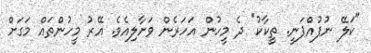
"ކަލޭ ނުފުއްޕަނީ. ތީކާކު" ދެ މީހުން އަހަރެން ވަށާލިއެވެ. އޭރު މީހުންތައް މަގަށް